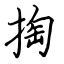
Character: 掏